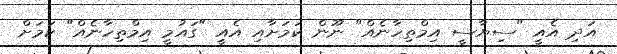
އަދި އެއީ "ސިޔާސީ އިމްތިހާނެއް" ނޫން ކަމަށާއި އެއީ "ގައުމީ އިމްތިހާނެއް" ކަމަށް